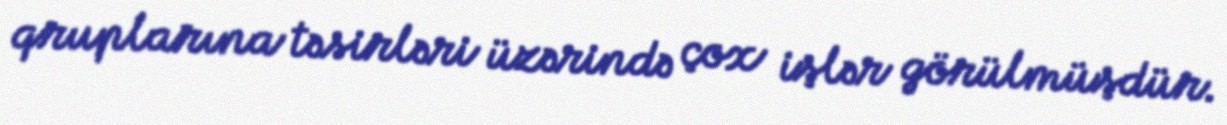
qruplarına təsirləri üzərində çox işlər görülmüşdür.